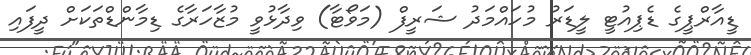
ޑީއާރްޕީގެ ޑެޕިއުޓީ ލީޑަރު މުހައްމަދު ޝަރީފް (މަވޯޓާ) ވިދާޅުވީ މުޒާހަރާގެ ޑިމާންޑްތަކަށް ދީފައި